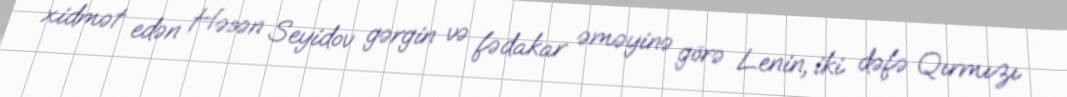
xidmət edən Həsən Seyidov gərgin və fədakar əməyinə görə Lenin, iki dəfə Qırmızı